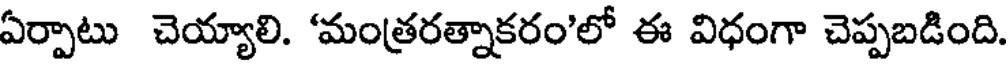
ఏర్పాటు చెయ్యాలి. 'మంత్రరత్నాకరం'లో ఈ విధంగా చెప్పబడింది.